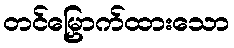
တင်မြှောက်ထားသော